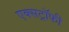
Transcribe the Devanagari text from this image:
एक्सट्रॉफी